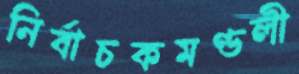
নির্বাচকমণ্ডলী